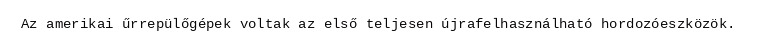
Az amerikai űrrepülőgépek voltak az első teljesen újrafelhasználható hordozóeszközök.